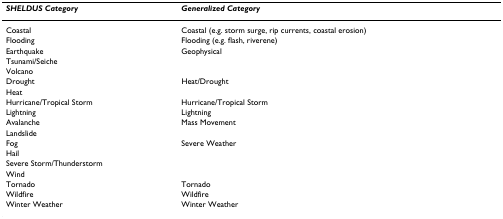
<table><thead><tr><td><b><i>SHELDUS Category</i></b></td><td><b><i>Generalized Category</i></b></td></tr></thead><tbody><tr><td>Coastal</td><td>Coastal (e.g. storm surge, rip currents, coastal erosion)</td></tr><tr><td>Flooding</td><td>Flooding (e.g. flash, riverene)</td></tr><tr><td>Earthquake</td><td>Geophysical</td></tr><tr><td>Tsunami/Seiche</td><td></td></tr><tr><td>Volcano</td><td></td></tr><tr><td>Drought</td><td>Heat/Drought</td></tr><tr><td>Heat</td><td></td></tr><tr><td>Hurricane/Tropical Storm</td><td>Hurricane/Tropical Storm</td></tr><tr><td>Lightning</td><td>Lightning</td></tr><tr><td>Avalanche</td><td>Mass Movement</td></tr><tr><td>Landslide</td><td></td></tr><tr><td>Fog</td><td>Severe Weather</td></tr><tr><td>Hail</td><td></td></tr><tr><td>Severe Storm/Thunderstorm</td><td></td></tr><tr><td>Wind</td><td></td></tr><tr><td>Tornado</td><td>Tornado</td></tr><tr><td>Wildfire</td><td>Wildfire</td></tr><tr><td>Winter Weather</td><td>Winter Weather</td></tr></tbody></table>